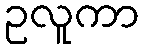
ဥလူကာ